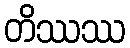
တိဿဿ